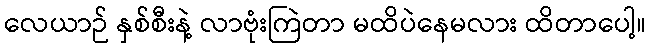
လေယာဉ် နှစ်စီးနဲ့ လာဗုံးကြဲတာ မထိပဲနေမလား ထိတာပေါ့။